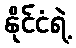
နိုင်ငံရဲ့